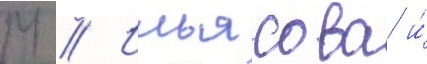
М // Ильясова и́